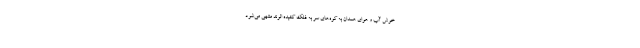
خوش آب و هوای همدان به کوه‌های سر به فلک کشیده الوند منتهی می‌شود